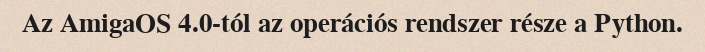
Az AmigaOS 4.0-tól az operációs rendszer része a Python.